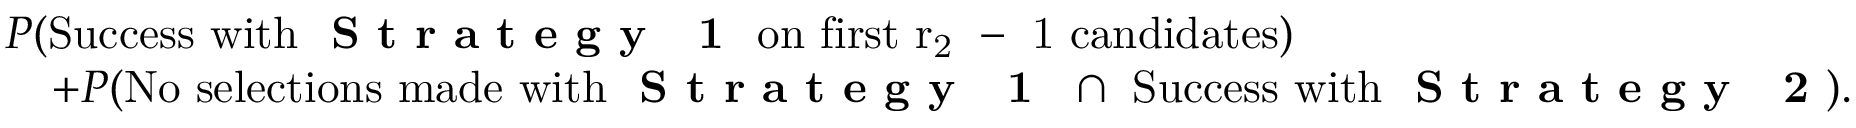
\begin{array} { r l } & { P ( \mathrm { S u c c e s s ~ w i t h ~ \textbf { S t r a t e g y ~ 1 } ~ o n ~ f i r s t ~ r _ 2 ~ - ~ 1 ~ c a n d i d a t e s } ) } \\ & { \quad + P ( \mathrm { N o ~ s e l e c t i o n s ~ m a d e ~ w i t h ~ \textbf { S t r a t e g y ~ 1 } ~ } \cap \mathrm { ~ S u c c e s s ~ w i t h ~ \textbf { S t r a t e g y ~ 2 } } ) . } \end{array}